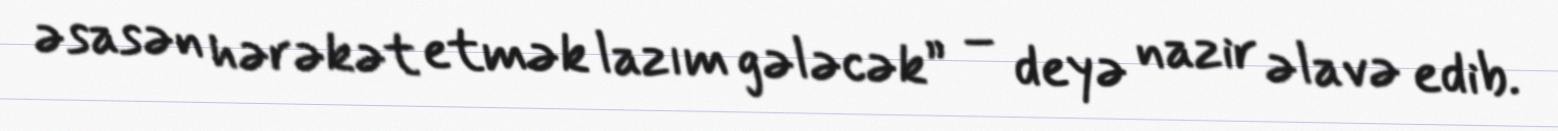
əsasən hərəkət etmək lazım gələcək” – deyə nazir əlavə edib.